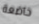
خاضعة